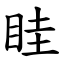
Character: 眭